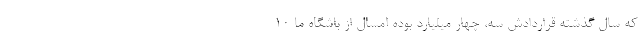
که سال گذشته قراردادش سه، چهار میلیارد بوده امسال از باشگاه ما 10